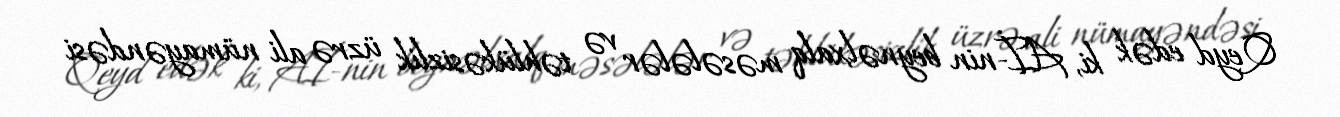
Qeyd edək ki, Aİ-nin beynəlxalq məsələlər və təhlükəsizlik üzrə ali nümayəndəsi